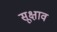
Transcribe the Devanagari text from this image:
सूक्षाव